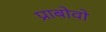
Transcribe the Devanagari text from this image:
प्राबोवो